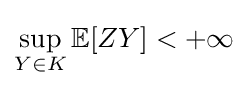
\sup \limits _{Y\in K}\mathbb {E} [ZY]<+\infty